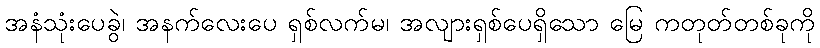
အနံသုံးပေခွဲ၊ အနက်လေးပေ ရှစ်လက်မ၊ အလျားရှစ်ပေရှိသော မြေ ကတုတ်တစ်ခုကို